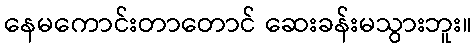
နေမကောင်းတာတောင် ဆေးခန်းမသွားဘူး။